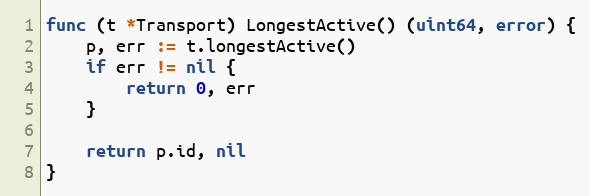
Language: Go
func (t *Transport) LongestActive() (uint64, error) {
	p, err := t.longestActive()
	if err != nil {
		return 0, err
	}

	return p.id, nil
}